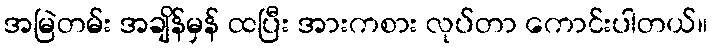
အမြဲတမ်း အချိန်မှန် ထပြီး အားကစား လုပ်တာ ကောင်းပါတယ်။